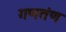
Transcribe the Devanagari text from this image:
गणतंण